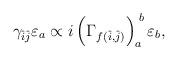
LaTeX: \begin{align*} \gamma_{\hat{i}\hat{j}}\varepsilon_a \propto i\left(\Gamma_{f(\hat{i},\hat{j})}\right)^{\;b}_a\varepsilon_b,\end{align*}